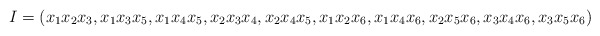
\begin{align*}I =( x_1x_2x_3, x_1x_3x_5, x_1x_4x_5, x_2x_3x_4, x_2x_4x_5, x_1x_2x_6, x_1x_4x_6, x_2x_5x_6, x_3x_4x_6, x_3x_5x_6 )\end{align*}